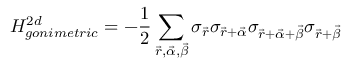
H _ { g o n i m e t r i c } ^ { 2 d } = - \frac { 1 } { 2 } \sum _ { \vec { r } , \vec { \alpha } , \vec { \beta } } \sigma _ { \vec { r } } \sigma _ { \vec { r } + \vec { \alpha } } \sigma _ { \vec { r } + \vec { \alpha } + \vec { \beta } } \sigma _ { \vec { r } + \vec { \beta } }